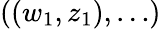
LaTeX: ((w_{1},z_{1}),\ldots)